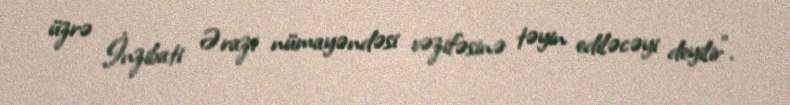
üzrə İnzibati Ərazi nümayəndəsi vəzifəsinə təyin ediləcəyi deyilir”.